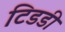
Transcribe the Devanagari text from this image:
टिडडी